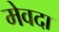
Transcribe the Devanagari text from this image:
मेवदा